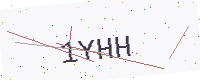
Text: 1YHH